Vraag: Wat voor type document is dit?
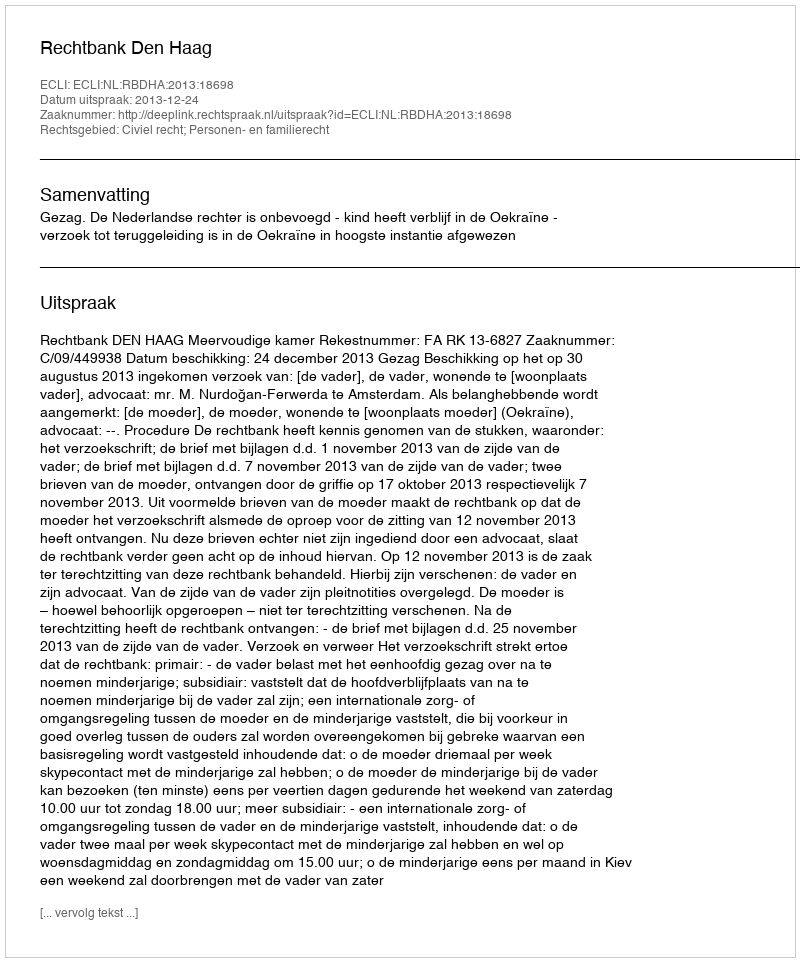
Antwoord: Uitspraak